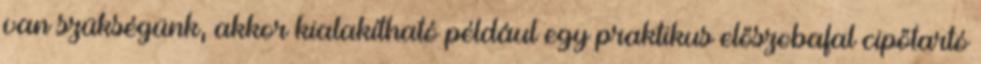
van szükségünk, akkor kialakítható például egy praktikus előszobafal cipőtartó